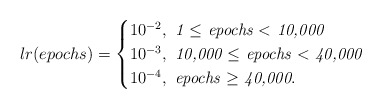
\begin{align*}lr(epochs)=\begin{cases}10^{-2}, \textit{ 1 $\leq$ epochs $<$ 10,000}\\10^{-3}, \textit{ 10,000 $\leq$ epochs $<$ 40,000}\\10^{-4},\textit{ epochs $\geq$ 40,000}.\end{cases}\end{align*}